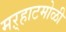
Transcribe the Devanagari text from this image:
मऱ्हाटमोळी